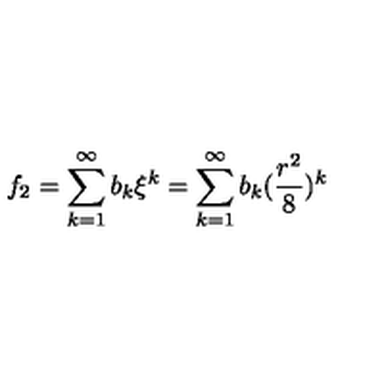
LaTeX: f _ { 2 } = \sum _ { k = 1 } ^ { \infty } b _ { k } \xi ^ { k } = \sum _ { k = 1 } ^ { \infty } b _ { k } ( \frac { r ^ { 2 } } { 8 } ) ^ { k }